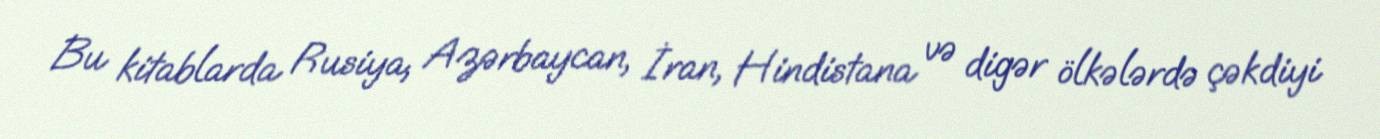
Bu kitablarda Rusiya, Azərbaycan, İran, Hindistana və digər ölkələrdə çəkdiyi